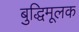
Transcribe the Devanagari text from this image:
बुद्धिमूलक